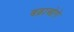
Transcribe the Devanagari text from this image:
बढ़ाओगे